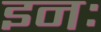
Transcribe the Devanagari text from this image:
इनः